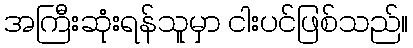
အကြီးဆုံးရန်သူမှာ ငါးပင်ဖြစ်သည်။